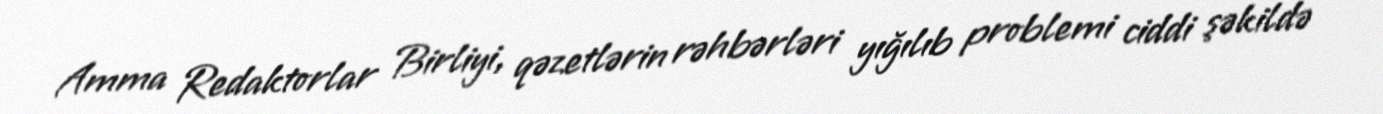
Amma Redaktorlar Birliyi, qəzetlərin rəhbərləri yığılıb problemi ciddi şəkildə